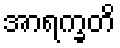
အာရက္ခတိ